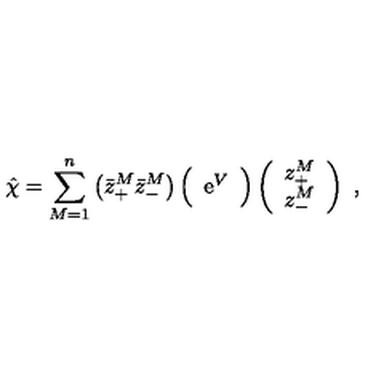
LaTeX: \hat { \chi } = \sum _ { M = 1 } ^ { n } \left( \bar { z } _ { + } ^ { M } \bar { z } _ { - } ^ { M } \right) \Big ( \begin{array} { c c } { \mathrm { e } ^ { V } } \\ \end{array} \Big ) \left( \begin{array} { c } { z _ { + } ^ { M } } \\ { z _ { - } ^ { M } } \\ \end{array} \right) \ ,